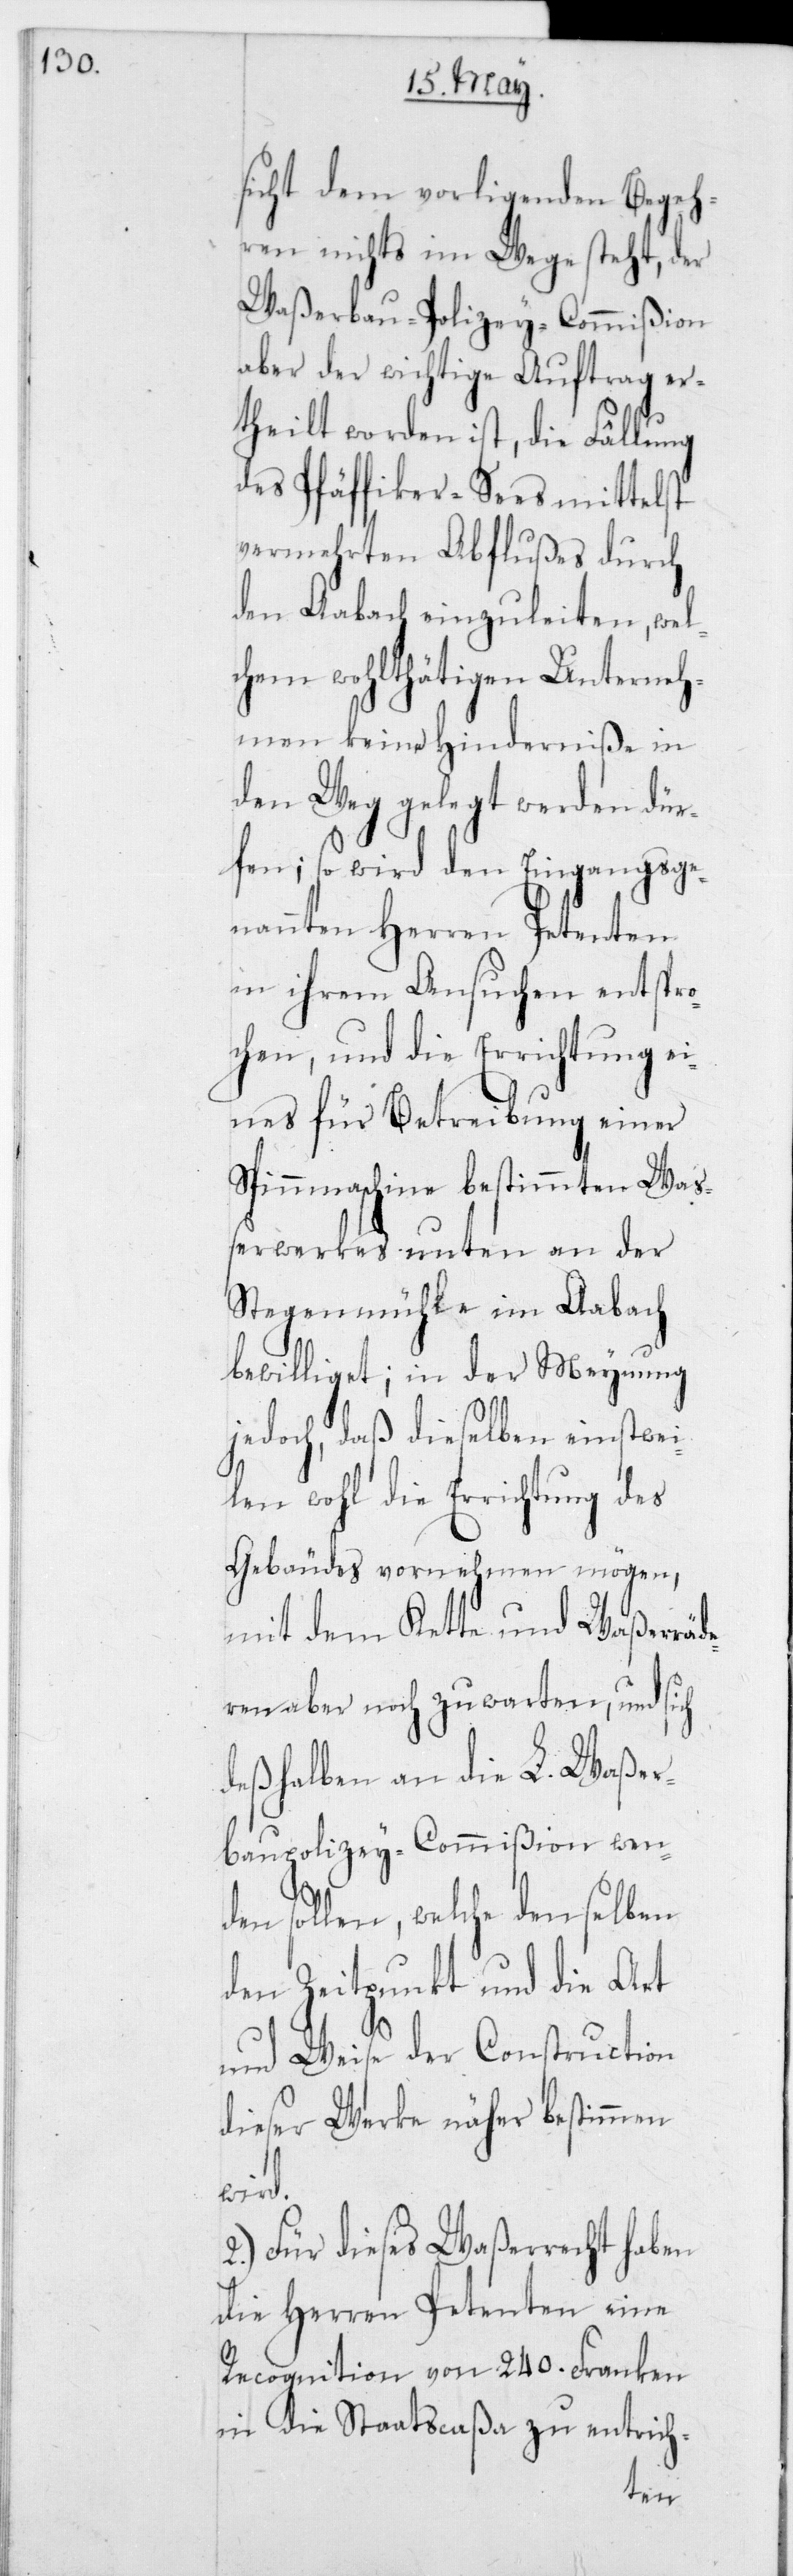
sicht dem vorliegenden Begeh¬
ren nichts im Wege steht, der
Waßerbau-Polizey-Commißion
aber der wichtige Auftrag er¬
theilt worden ist, die Fällung
des Pfäffiker-Sees mittelst
vermehrten Abflußes, durch
den Aabach einzuleiten, wel¬
chem wohlthätigen Unterneh¬
men keine Hinderniße in
den Weg gelegt werden dür¬
fen; so wird den Eingangsge¬
nannten Herren Petenten
in ihrem Ansuchen entspro¬
chen, und die Errichtung ei¬
nes für Betreibung einer
Spinnmaschine bestimmten Waß¬
erwerkes unten an der
Stegenmühle im Aabach
bewilliget; in der Meynung
jedoch, daß dieselben einstwei¬
len wohl die Errichtung des
Gebäudes vornehmen mögen,
mit dem Kette und Waßerräd¬
eren aber noch zu warten, und sich
deßhalben an die L. Waßer¬
baupolizey-Commißion wen¬
den sollen, welche denselben
den Zeitpunkt und die Art
und Weise der Construction
dieser Werke näher bestimmen
wird.
2.) Für dieses Waßerrecht haben
die Herren Petenten eine
Recognition von 240 Franken
in die Staatscaßa zu entrich-